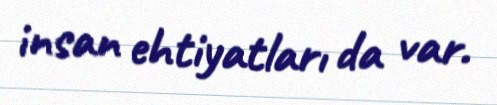
insan ehtiyatları da var.